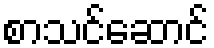
စာသင်ဆောင်